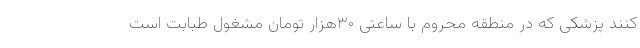
کنند پزشکی که در منطقه محروم با ساعتی ۳۰هزار تومان مشغول طبابت است